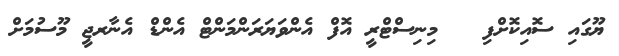
ޔޫގައި ސޮއިކޮށްފި   މިނިސްޓްރީ އޮފް އެންވަޔަރަންމަންޓް އެންޑް އެނާރޖީ މޫސުމަށް